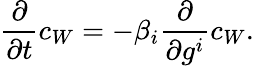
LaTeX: {\frac{\partial}{\partial t}}c_{W}=-\beta_{i}{\frac{\partial}{\partial g^{i}}}c_{W}.